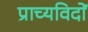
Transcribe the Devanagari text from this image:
प्राच्यविदों